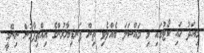
މިއަދު ހައި ކޯޓުގައި މި މައްސަލަ ބެއްލެވި ތިން ފަނޑިޔާރުންގެ އިއްތިފާގުން ނިންމީ